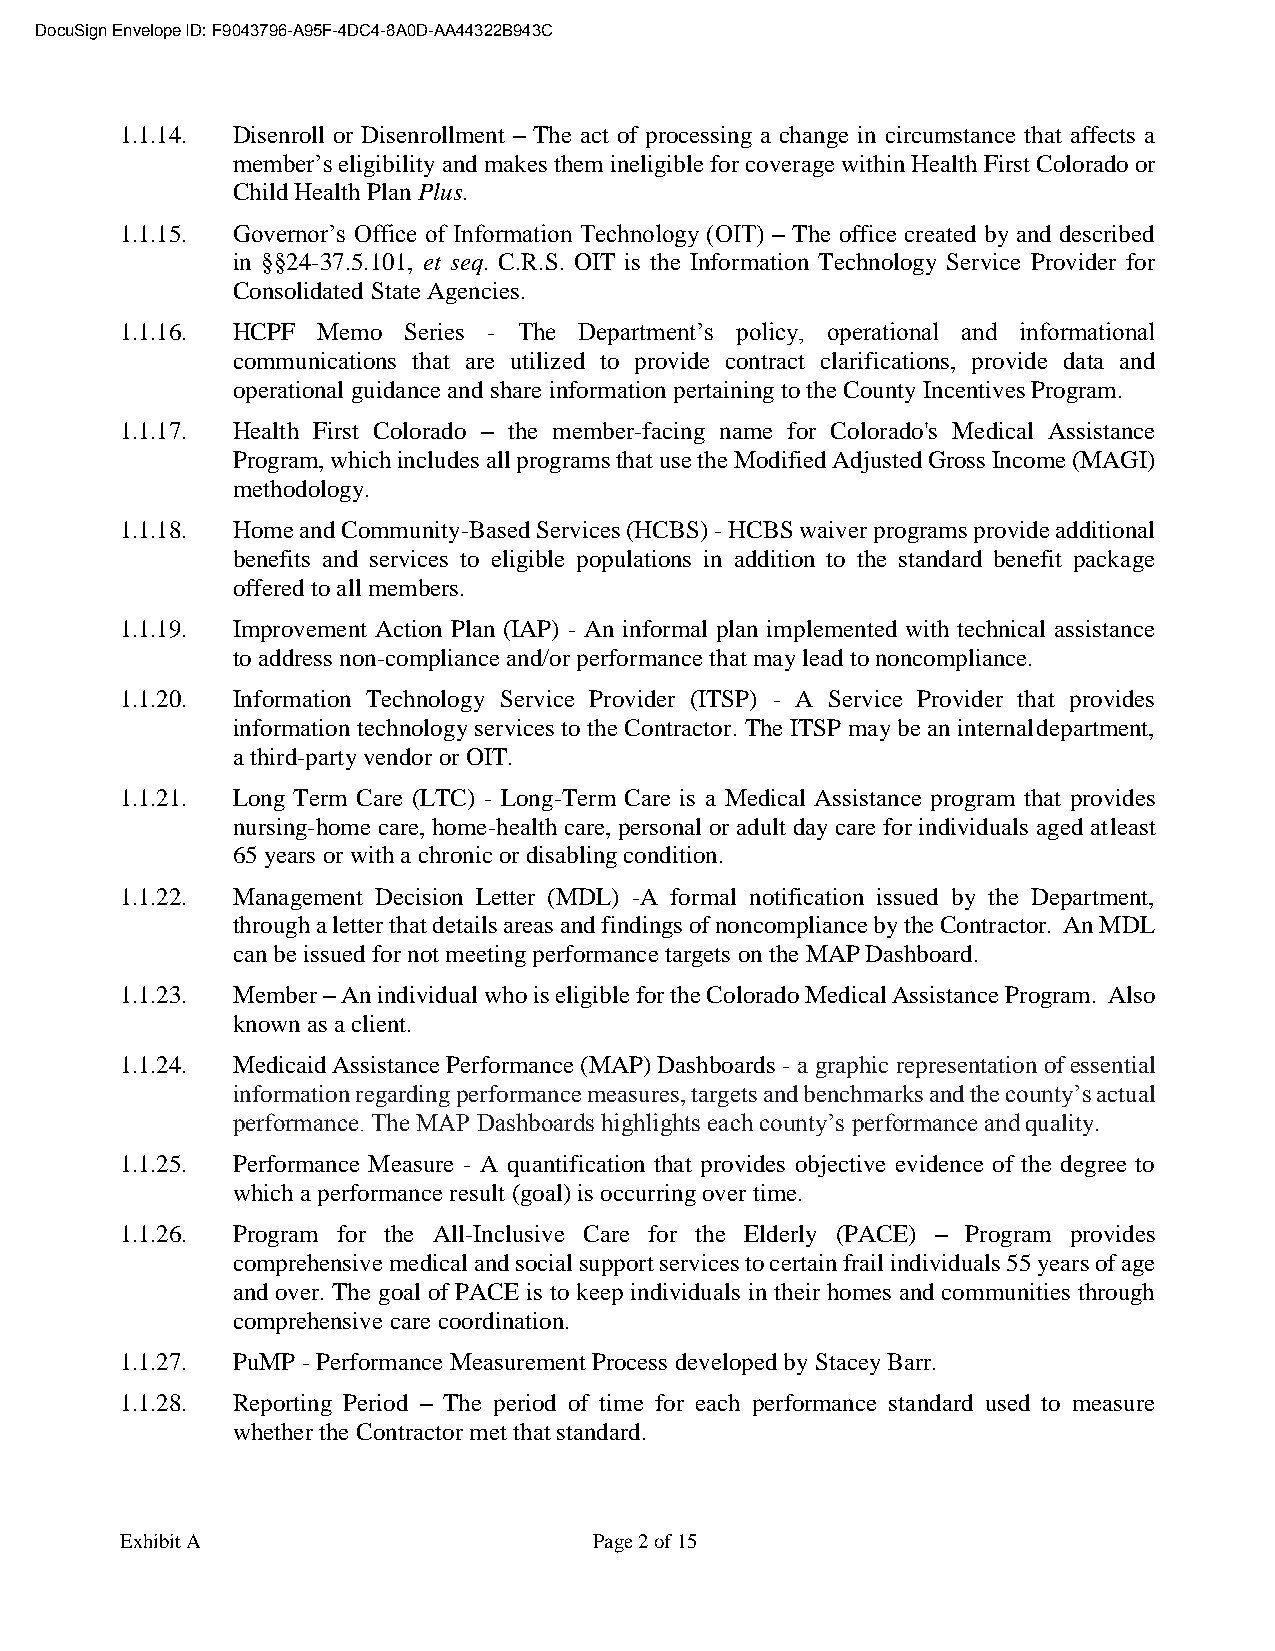
DocuSign Envelope ID: F9043796-A95F-4DC4-8A0D-AA44322B943C
 1.1.14. Disenroll or Disenrollment – The act of processing a change in circumstance that affects a
 member’s eligibility and makes them ineligible for coverage within Health First Colorado or
 Child Health Plan Plus.
 1.1.15. Governor’s Office of Information Technology (OIT) – The office created by and described
 in §§24-37.5.101, et seq. C.R.S. OIT is the Information Technology Service Provider for
 Consolidated State Agencies.
 1.1.16. HCPF Memo  Series - The Department’s policy, operational and informational
 communications that are utilized to provide contract clarifications, provide data and
 operational guidance and share information pertaining to the County Incentives Program.
 1.1.17. Health First Colorado – the member-facing name for Colorado's Medical Assistance
 Program, which includes all programs that use the Modified Adjusted Gross Income (MAGI)
 methodology.
 1.1.18. Home and Community-Based Services (HCBS) - HCBS waiver programs provide additional
 benefits and services to eligible populations in addition to the standard benefit package
 offered to all members.
 1.1.19. Improvement Action Plan (IAP) - An informal plan implemented with technical assistance
 to address non-compliance and/or performance that may lead to noncompliance.
 1.1.20. Information Technology Service Provider (ITSP) - A Service Provider that provides
 information technology services to the Contractor. The ITSP may be an internal department,
 a third-party vendor or OIT.
 1.1.21. Long Term Care (LTC) - Long-Term Care is a Medical Assistance program that provides
 nursing-home care, home-health care, personal or adult day care for individuals aged at least
 65 years or with a chronic or disabling condition.
 1.1.22. Management Decision Letter (MDL) -A formal notification issued by the Department,
 through a letter that details areas and findings of noncompliance by the Contractor. An MDL
 can be issued for not meeting performance targets on the MAP Dashboard.
 1.1.23. Member – An individual who is eligible for the Colorado Medical Assistance Program. Also
 known as a client.
 1.1.24. Medicaid Assistance Performance (MAP) Dashboards - a graphic representation of essential
 information regarding performance measures, targets and benchmarks and the county’s actual
 performance. The MAP Dashboards highlights each county’s performance and quality.
 1.1.25. Performance Measure - A quantification that provides objective evidence of the degree to
 which a performance result (goal) is occurring over time.
 1.1.26. Program for the All-Inclusive Care for the Elderly (PACE) – Program provides
 comprehensive medical and social support services to certain frail individuals 55 years of age
 and over. The goal of PACE is to keep individuals in their homes and communities through
 comprehensive care coordination.
 1.1.27. PuMP - Performance Measurement Process developed by Stacey Barr.
 1.1.28. Reporting Period – The period of time for each performance standard used to measure
 whether the Contractor met that standard.
 Exhibit A                      Page 2 of 15